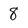
Character: 8